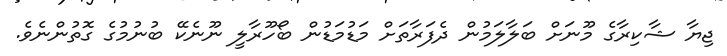
ޖިޔާ ޝާކިރާގެ މޫނަށް ބަލާލަމުން ދެފަރާތަށް މަޑުމަޑުން ބޯހޫރާލީ ނޫނެކޭ ބުނުމުގެ ގޮތުންނެވެ.